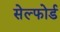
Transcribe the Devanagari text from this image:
सेल्फोर्ड